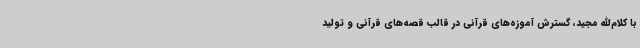
با کلام‌الله مجید، گسترش آموزه‌های قرآنی در قالب قصه‌های قرآنی و تولید